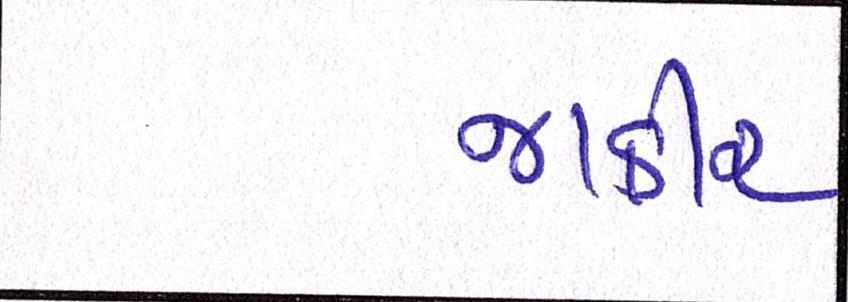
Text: જાકીર